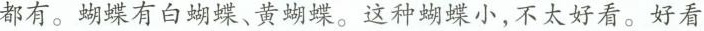
都有。蝴蝶有白蝴蝶、黄蝴蝶。这种蝴蝶小，不太好看。好看